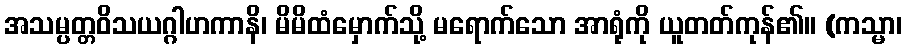
အသမ္ပတ္တဝိသယဂ္ဂါဟကာနိ၊ မိမိထံမှောက်သို့ မရောက်သော အာရုံကို ယူတတ်ကုန်၏။ (ကသ္မာ၊